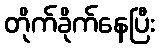
တိုက်ခိုက်နေပြီး